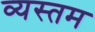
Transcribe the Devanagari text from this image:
व्यस्तम